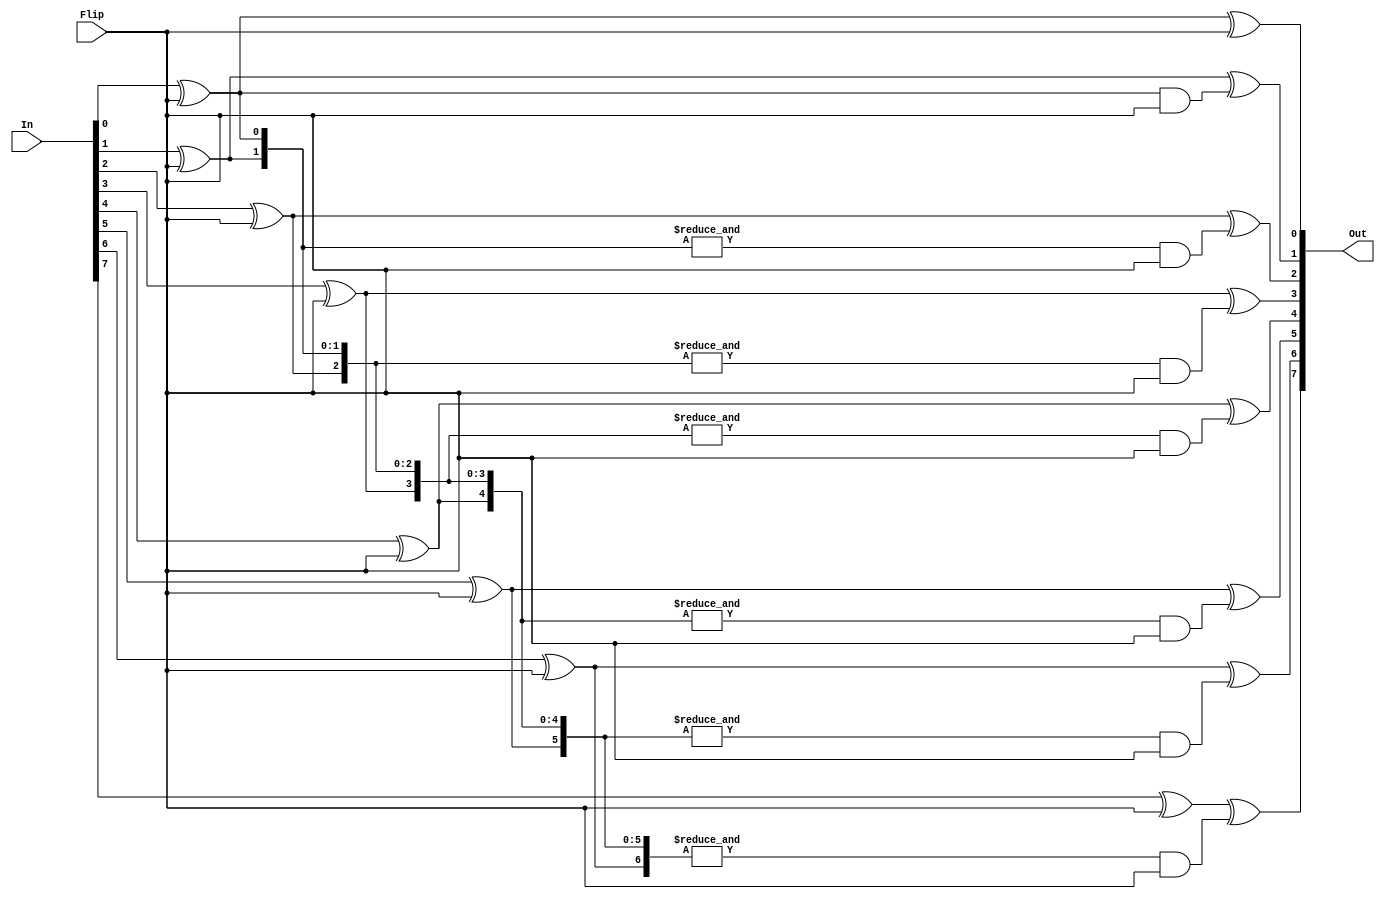
module AD_TwosComplement #(parameter N = 8)
(
	input [N-1:0] In,
	input Flip,
	output [N-1:0] Out
);


/* -----------------------------Initialize Variables----------------------------- */


genvar i, j;

wire [N-1:0] IN_or_INnot;
wire [N-1:0] c;


/* -----------------------------Generate B_or_Bnot------------------------------- */


generate

for (i = 0; i < N; i = i + 1) begin : In_with_Flip
	assign IN_or_INnot[i] = In[i]^Flip;
end
	
endgenerate


/* -----------------------------Assign Carry Terms------------------------------- */


/*
assign
c[1] = (p[0] & cin),
c[2] = (p[1] & p[0] & cin),
c[3] = (p[2] & p[1] & p[0] & cin);
c[4] = (p[3] & p[2] & p[1] & p[0] & cin);

0 - 2 terms
1 - 3 terms
2 - 4 terms
*/

assign c[0] = Flip;

generate

for (i = 1; i < N; i = i + 1) begin : carry
	assign c[i] = &IN_or_INnot[i-1:0] & Flip;
end

for (i = 0; i < N; i = i + 1) begin : result
	assign Out[i] = IN_or_INnot[i] ^ c[i];
end

endgenerate

endmodule